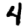
Digit: 4